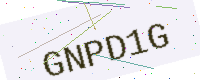
Text: GNPD1G